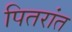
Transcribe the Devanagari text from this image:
पितरांत